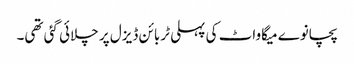
پچانوے میگاواٹ کی پہلی ٹربائن ڈیزل پر چلائی گئی تھی۔